Indian journal of veterinary science and animal husbandry - Volumes 28-29, 1958-1959
Year: 1958
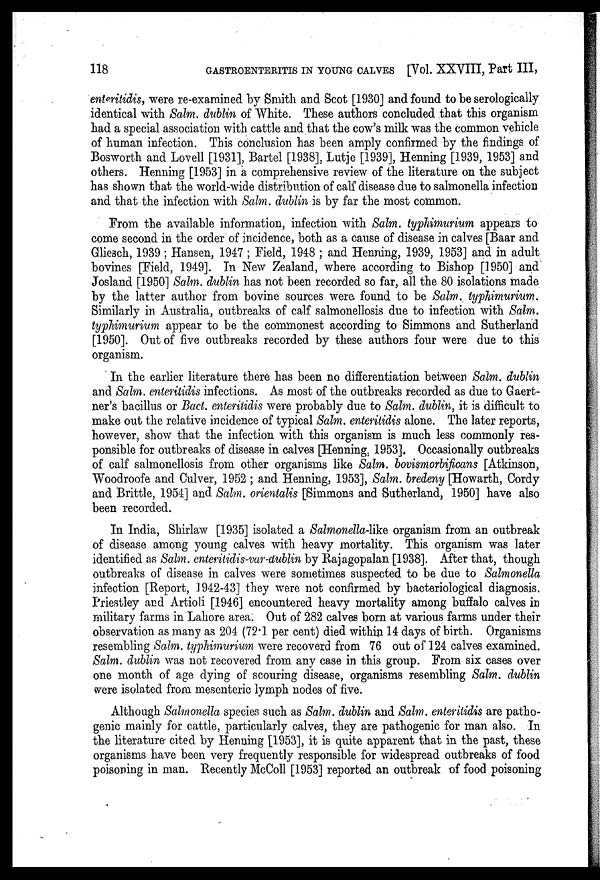
118
GASTROENTERITIS IN YOUNG CALVES [Vol. XXVIII, Part III,
entertidis, were re-examined by Smith and Scot [1930] and found to be serologically
identical with Salm. dublin of White. These authors concluded that this organism
had a special association with cattle and that the cow's milk was the common vehicle
of human infection. This conclusion has been amply confirmed by the findings of
Bosworth and Lovell [1931], Bartel [1938], Lutje [1939], Henning [1939, 1953] and
others. Henning [1953] in a comprehensive review of the literature on the subject
has shown that the world-wide distribution of calf disease due to salmonella infection
and that the infection with Salm. dublin is by far the most common.
From the available information, infection with Salm. typhimurium appears to
come second in the order of incidence, both as a cause of disease in calves [Baar and
Gliesch, 1939 ; Hansen, 1947 ; Field, 1948 ; and Henning, 1939, 1953] and in adult
bovines [Field, 1949]. In New Zealand, where according to Bishop [1950] and
Josland [1950] Salm. dublin has not been recorded so far, all the 80 isolations made
by the latter author from bovine sources were found to be Salm. typhimurium.
Similarly in Australia, outbreaks of calf salmonellosis due to infection with Salm.
typhimurium appear to be the commonest according to Simmons and Sutherland
[1950]. Out of five outbreaks recorded by these authors four were due to this
organism.
In the earlier literature there has been no differentiation between Salm. dublin
and Salm. enleritidis infections. As most of the outbreaks recorded as due to Gaert-
ner's bacillus or Bact. enteritidis were probably due to Salm. dublin, it is difficult to
make out the relative incidence of typical Salm. enteritidis alone. The later reports,
however, show that the infection with this organism is much less commonly res-
ponsible for outbreaks of disease in calves [Henning, 1953]. Occasionally outbreaks
of calf salmonellosis from other organisms like Salm. bovismorbificans [Atkinson,
Woodroofe and Culver, 1952 ; and Henning, 1953], Salm. bredeny [Howarth, Cordy
and Brittle, 1954] and Salm. orientalis [Simmons and Sutherland, 1950] have also
been recorded.
In India, Shirlaw [1935] isolated a Salmonella-like organism from an outbreak
of disease among young calves with heavy mortality. This organism was later
identified as Salm. enteritidis-var-dublin by Rajagopalan [1938]. After that, though
outbreaks of disease in calves were sometimes suspected to be due to Salmonella
infection [Report, 1942-43] they were not confirmed by bacteriological diagnosis.
Priestley and Artioli [1946] encountered heavy mortality among buffalo calves in
military farms in Lahore area. Out of 282 calves born at various farms under their
observation as many as 204 (72.1 per cent) died within 14 days of birth. Organisms
resembling Salm. typhimurium were recoverd from 76 out of 124 calves examined.
Salm. dublin was not recovered from any case in this group. From six cases over
one month of age dying of scouring disease, organisms resembling Salm. dublin
were isolated from mesenteric lymph nodes of five.
Although Salmonella species such as Salm. dublin and Salm. enteritidis are patho-
genic mainly for cattle, particularly calves, they are pathogenic for man also. In
the literature cited by Henning [1953], it is quite apparent that in the past, these
organisms have been very frequently responsible for widespread outbreaks of food
poisoning in man. Recently McColl [1953] reported an outbreak of food poisoning